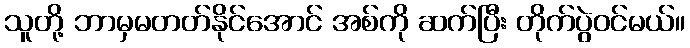
သူတို့ ဘာမှမတတ်နိုင်အောင် အစ်ကို ဆက်ပြီး တိုက်ပွဲဝင်မယ်။